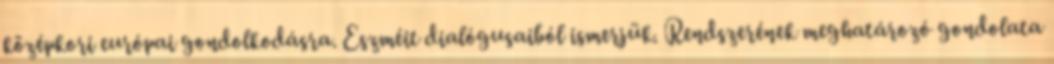
középkori európai gondolkodásra. Eszméit dialógusaiból ismerjük. Rendszerének meghatározó gondolata